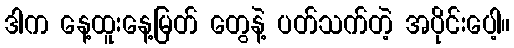
ဒါက နေ့ထူးနေ့မြတ် တွေနဲ့ ပတ်သက်တဲ့ အပိုင်းပေါ့။